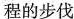
程的步伐